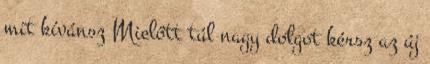
mit kívánsz Mielőtt túl nagy dolgot kérsz az új